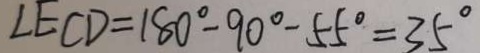
\angle E C D = 1 8 0 ^ { \circ } - 9 0 ^ { \circ } - 5 5 ^ { \circ } = 3 5 ^ { \circ }